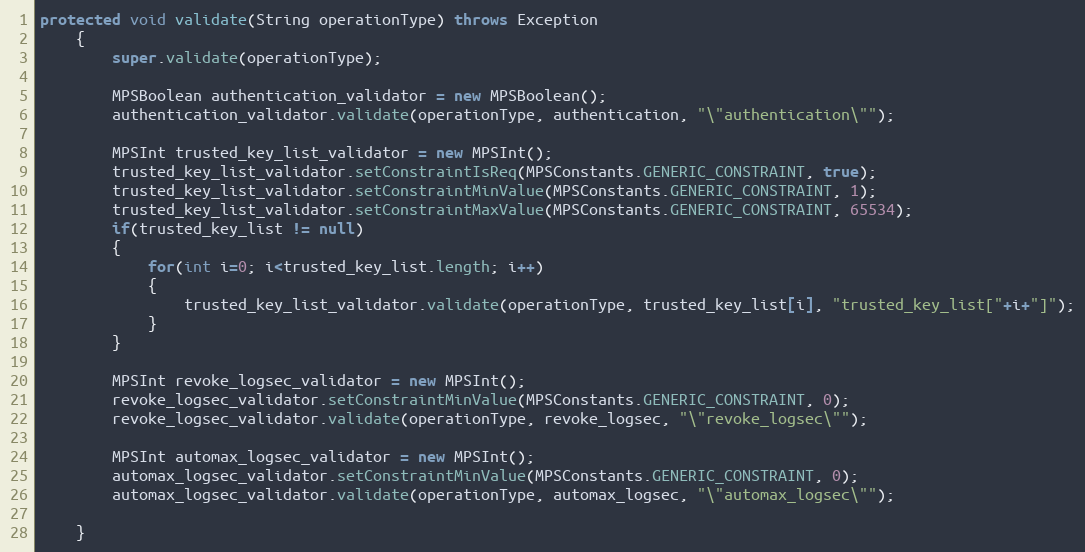
Language: Java
protected void validate(String operationType) throws Exception
	{
		super.validate(operationType);

		MPSBoolean authentication_validator = new MPSBoolean();
		authentication_validator.validate(operationType, authentication, "\"authentication\"");

		MPSInt trusted_key_list_validator = new MPSInt();
		trusted_key_list_validator.setConstraintIsReq(MPSConstants.GENERIC_CONSTRAINT, true);
		trusted_key_list_validator.setConstraintMinValue(MPSConstants.GENERIC_CONSTRAINT, 1);
		trusted_key_list_validator.setConstraintMaxValue(MPSConstants.GENERIC_CONSTRAINT, 65534);
		if(trusted_key_list != null)
		{
			for(int i=0; i<trusted_key_list.length; i++)
			{
				trusted_key_list_validator.validate(operationType, trusted_key_list[i], "trusted_key_list["+i+"]");
			}
		}

		MPSInt revoke_logsec_validator = new MPSInt();
		revoke_logsec_validator.setConstraintMinValue(MPSConstants.GENERIC_CONSTRAINT, 0);
		revoke_logsec_validator.validate(operationType, revoke_logsec, "\"revoke_logsec\"");

		MPSInt automax_logsec_validator = new MPSInt();
		automax_logsec_validator.setConstraintMinValue(MPSConstants.GENERIC_CONSTRAINT, 0);
		automax_logsec_validator.validate(operationType, automax_logsec, "\"automax_logsec\"");

	}